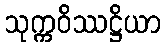
သုက္ကဝိဿဋ္ဌိယာ